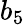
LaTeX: b_{5}